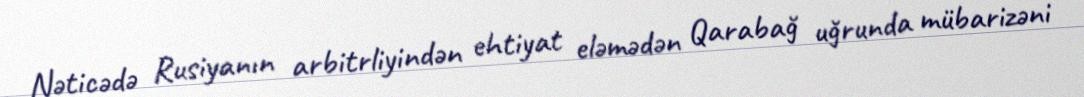
Nəticədə Rusiyanın arbitrliyindən ehtiyat eləmədən Qarabağ uğrunda mübarizəni